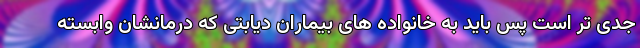
جدی تر است پس باید به خانواده های بیماران دیابتی که درمانشان وابسته